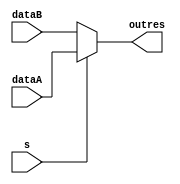
module Mux(dataA,dataB,s,outres);
  parameter Size =64;
  input [Size-1:0] dataA,dataB; 
  input s; 
  output [Size-1:0] outres;
  
  
	assign outres = (s)?dataA:dataB;
endmodule